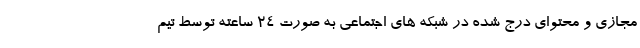
مجازی و محتوای درج شده در شبکه های اجتماعی به صورت ۲۴ ساعته توسط تیم